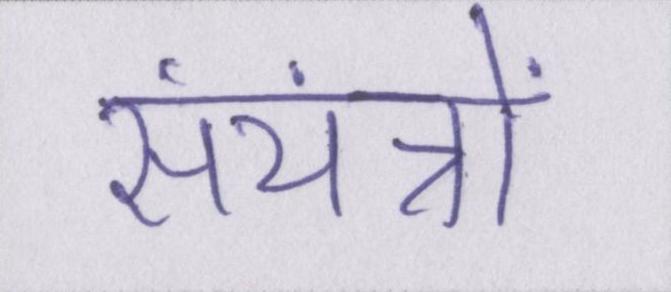
संयंत्रों